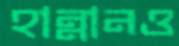
হান্নানও